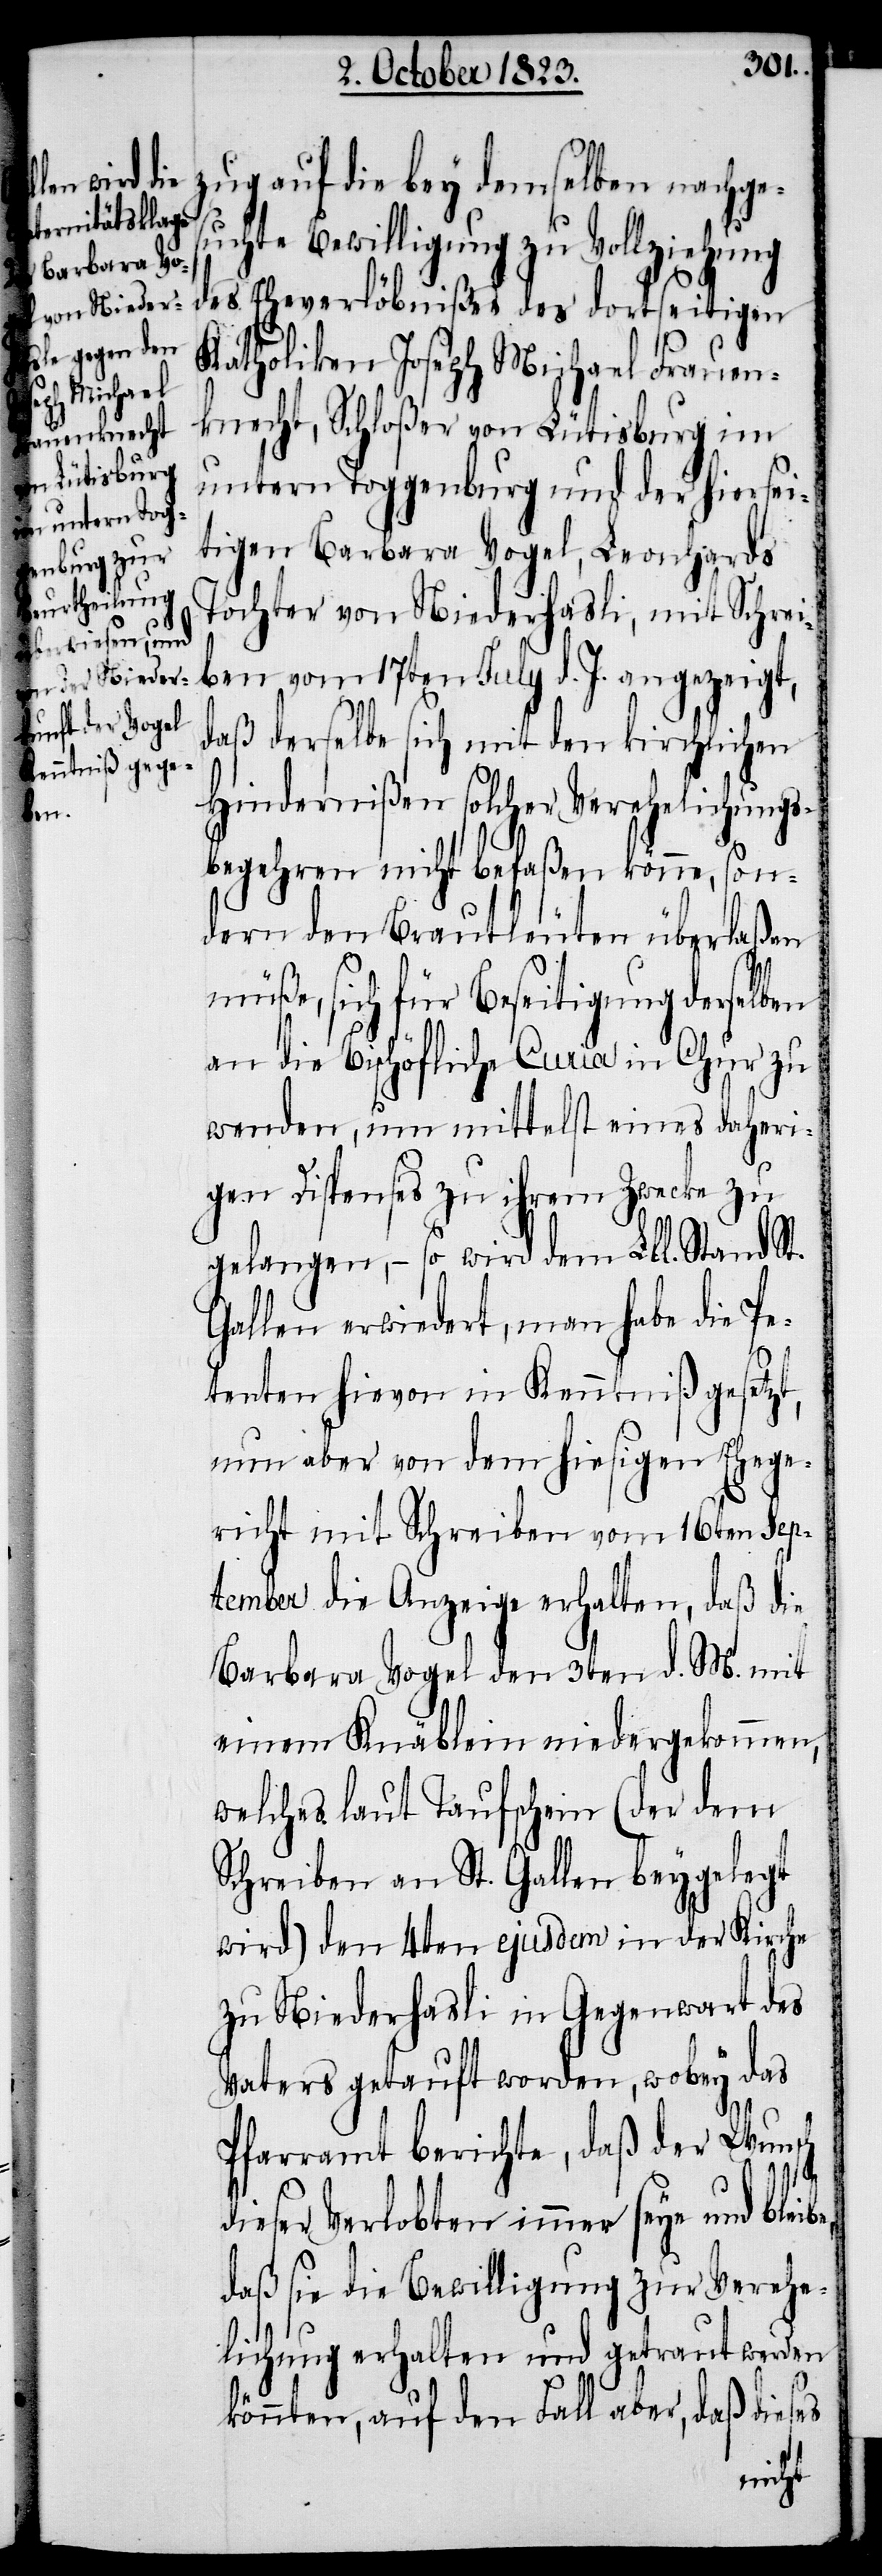
be,

zug auf die bey demselben nachges¬
uchte Bewilligung zu Vollziehung
des Eheverlöbnißes des dortseitigen
Katholiken Joseph Michael Frauen¬
knecht, Schloßer von Lütisburg im
untern Toggenburg und der hiersei¬
tigen Barbara Vogel, Leonhards
Tochter von Niederhasli, mit Schrei¬
ben vom 17ten July d. J. angezeigt,
daß derselbe sich mit den kirchlichen
Hindernißen solcher Verehelichungs¬
begehren nicht befaßen könne, son¬
dern den Brautleuten überlaßen
müße, sich für Beseitigung derselben
an die Bischöfliche Curia in Chur zu
wenden, um mittelst eines daheri¬
gen Dispenses zu ihrem Zwecke zu
gelangen, − so wird dem Lbl. Stand St.
Gallen erwiedert, man habe die Pe¬
tenten hievon in Kenntniß gesetzt,
nun aber von dem hiesigen Ehege¬
richt mit Schreiben vom 16ten Sep¬
tember die Anzeige erhalten, daß die
Barbara Vogel den 3ten d. M. mit
einem Knäblein niedergekommen,
welches laut Taufschein (der dem
Schreiben an St. Gallen beygelegt
wird) den 4ten ejusdem in der Kirche
zu Niederhasli in Gegenwart des
Vaters getauft worden, wobey das
Pfarramt berichte, daß der Wun¬
sch
dieser Verlobten immer seye und blei¬
daß sie die Bewilligung zur Verehe¬
lichung erhalten und getraut werden
könnten, auf den Fall aber, daß dieses